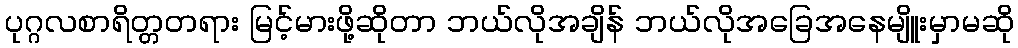
ပုဂ္ဂလစာရိတ္တတရား မြင့်မားဖို့ဆိုတာ ဘယ်လိုအချိန် ဘယ်လိုအခြေအနေမျိူးမှာမဆို